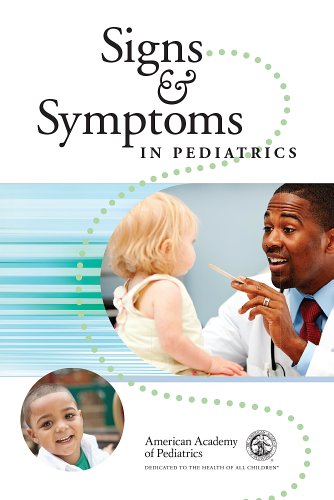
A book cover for Signs and Symptoms in Pediatrics; Henry M. Adam MD  FAAP; Medical Books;